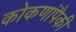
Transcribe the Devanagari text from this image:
कोकणांपैकी